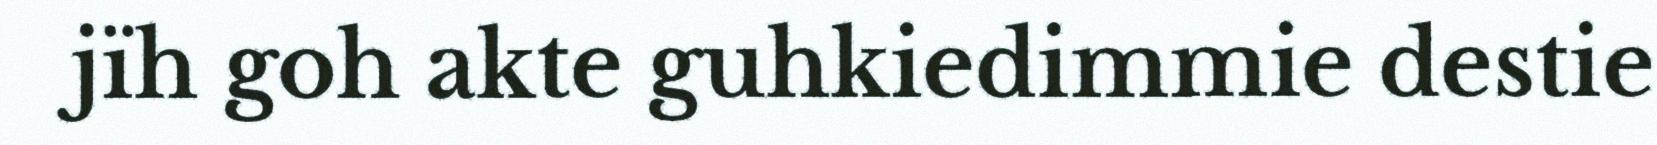
jïh goh akte guhkiedimmie destie